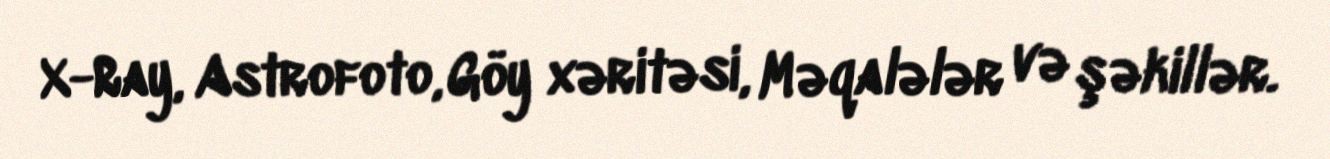
X-Ray, Astrofoto, Göy xəritəsi, Məqalələr və şəkillər.